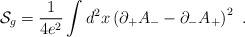
\begin{align*}{\cal S}_{g}={1\over {4e^{2}}}\int d^{2}x \left(\partial_{+}A_{-}-\partial_{-}A_{+}\right)^{2}\,\,.\end{align*}